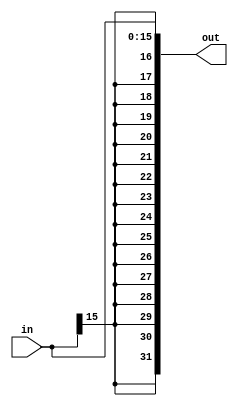
module sign_extend_16b(output wire [31:0] out, input [15:0] in);
	assign out[15:0] = in;
	
	genvar i;
	generate 
		for (i=16; i < 32; i = i+1) begin: eachBit
			assign out[i] = in[15];
		end
	endgenerate
endmodule

module sign_extend_26b(output wire [31:0] out, input [25:0] in);
	assign out[25:0] = in;
	
	genvar i;
	generate 
		for (i=26; i < 32; i = i+1) begin: eachBit
			assign out[i] = in[25];
		end
	endgenerate
endmodule

module sign_extend_19b(output wire [31:0] out, input [18:0] in);
	assign out[18:0] = in;
	
	genvar i;
	generate 
		for (i=19; i < 32; i = i+1) begin: eachBit
			assign out[i] = in[18];
		end
	endgenerate
endmodule

module sign_extend_12b(output wire [31:0] out, input [11:0] in);
	assign out[11:0] = in;
	
	genvar i;
	generate 
		for (i=12; i < 32; i = i+1) begin: eachBit
			assign out[i] = in[11];
		end
	endgenerate
endmodule